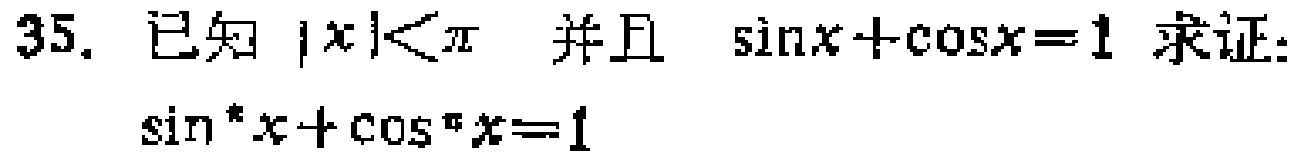
已知 \(|x|<\pi\) 并且 \(\sin x+\cos x = 1\) 求证：\(\sin ^{n}x+\cos ^{n}x = 1\)